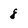
Character: 8